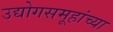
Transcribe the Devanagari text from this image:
उद्योगसमूहांच्या